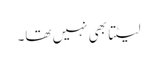
لیٹتا بھی نہیں تھا۔